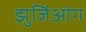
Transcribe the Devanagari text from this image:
झुजिंआंग